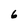
Character: 6